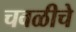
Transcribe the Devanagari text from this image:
चवळीचे